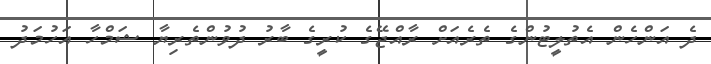
ދެ އަންހެން އެތުލީޓުންގެ ތެރެއަށް ރާއްޖޭގެ ކުރީގެ ބާރު ދުވުންތެރިޔާ ޝަމްހާ އަހުމަދު